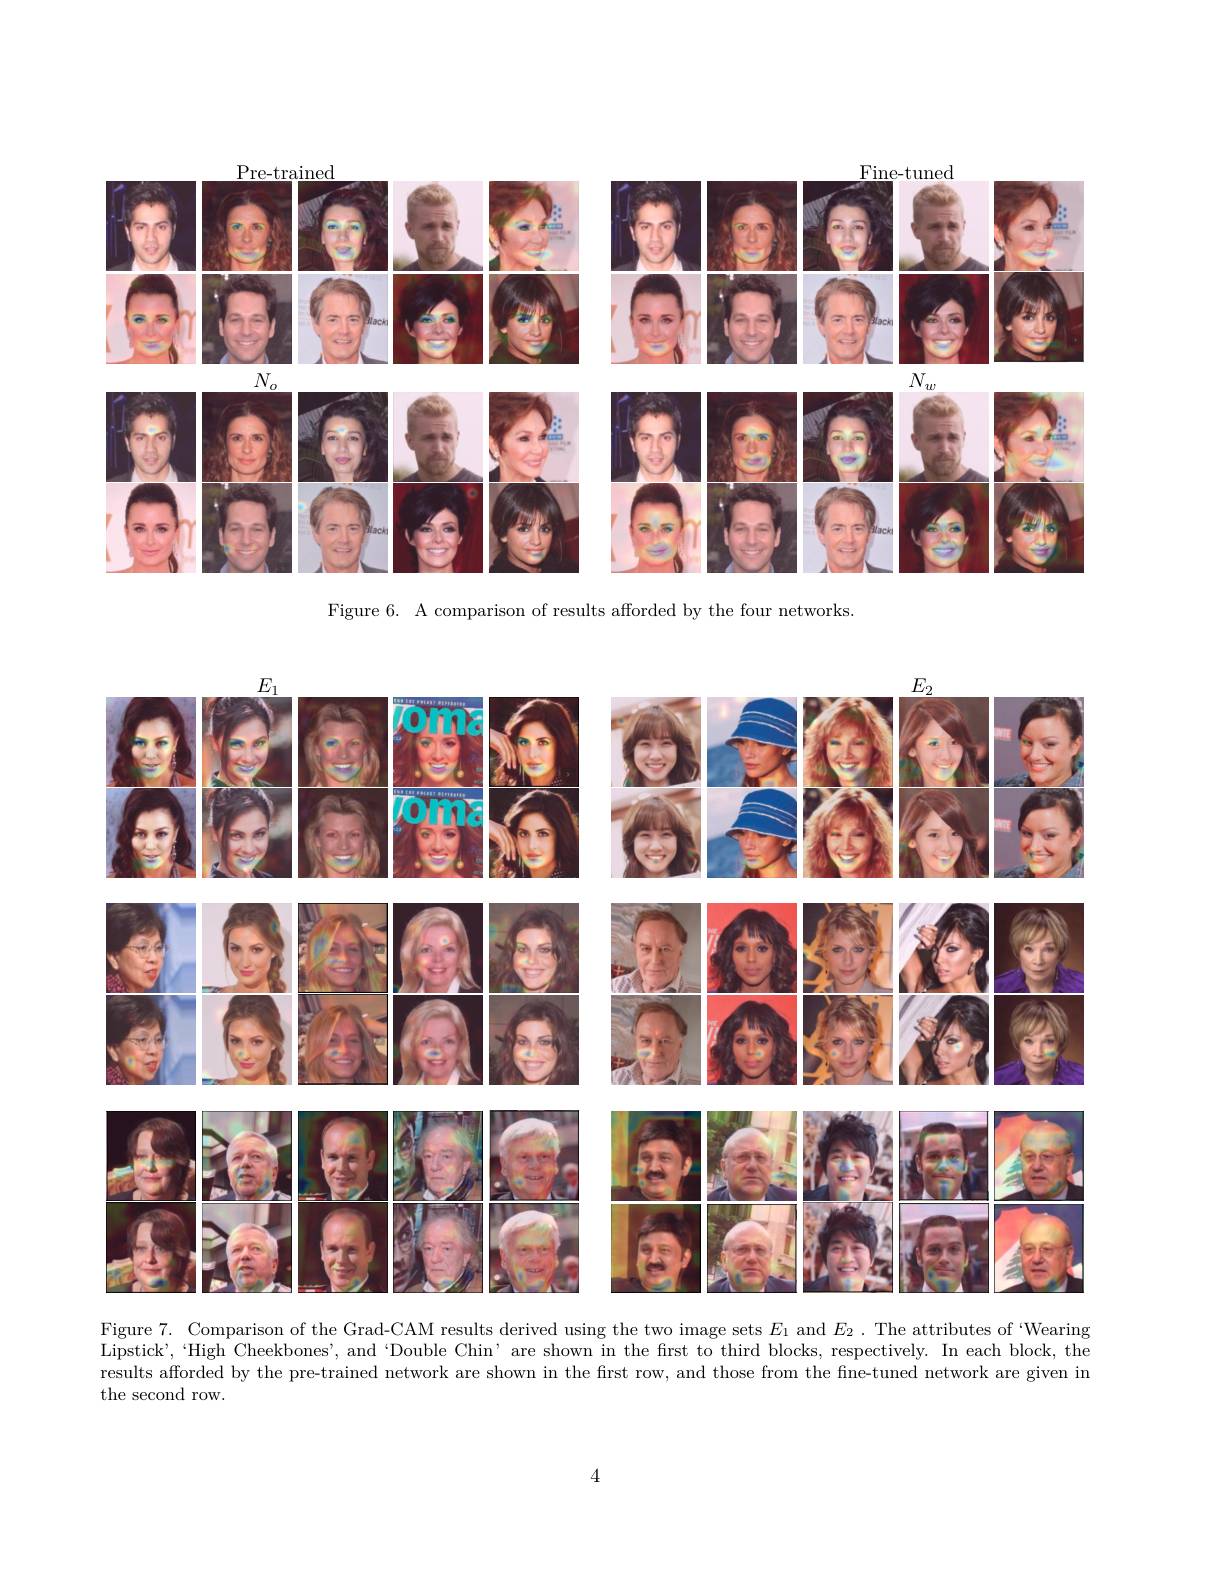
<FigureHere>

Figure 6. A comparison of results afforded by the four networks.

<FigureHere>
Figure 7. Comparison of the Grad-CAM results derived using the two image sets $E_1$ and $E_2$ .The attributes of ‘Wearing

Lipstick’,‘High Cheekbones’, and‘Double Chin’are shown in the first to third blocks, respectively. In each block, the results afforded by the pre-trained network are shown in the first row, and those from the fine-tuned network are given in the second row.

4